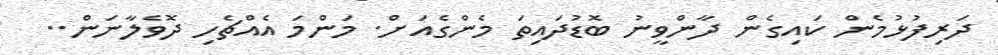
ދަރިފުޅުމެން ކައިގެން ދާންވީނު ބޮޑުދައިތަ މެންގެއަށް. މަންމަ އެއްޗެހި ދޮވެލާނަން..